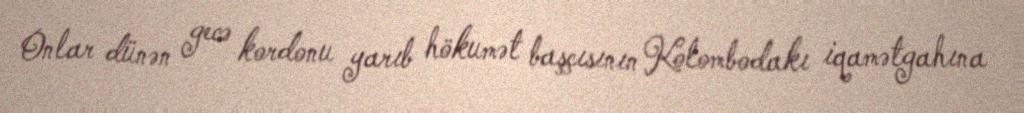
Onlar dünən gecə kordonu yarıb hökumət başçısının Kolombodakı iqamətgahına